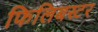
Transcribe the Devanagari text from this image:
फिलिबस्टर